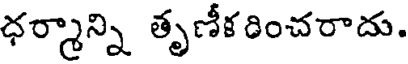
ధర్మాన్ని తృణీకరించరాదు.